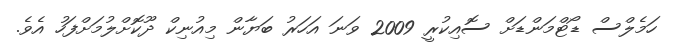
ހަމެލްސް ޑޯޓްމަންޑަށް ސޮއިކުރީ 2009 ވަނަ އަހަރު ބަޔާން މިއުނިކް ދޫކޮށްލުމަށްފަހު އެވެ.